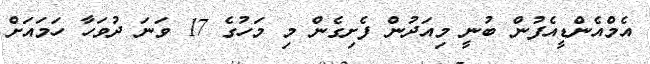
އެމްއެންޑީއެފުން ބުނީ މިއަދުން ފެށިގެން މި މަހުގެ 17 ވަނަ ދުވަހާ ހަމައަށް